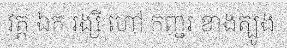
វត្ត ឯក រង្សី ហៅ កញ្ជរ ខាងត្បូង